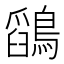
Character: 𪅎